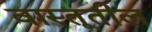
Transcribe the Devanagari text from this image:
वास्तूतील